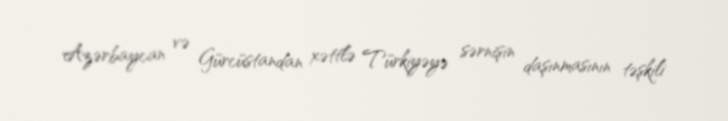
Azərbaycan və Gürcüstandan xəttlə Türkiyəyə sərnişin daşınmasının təşkili